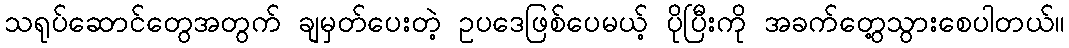
သရုပ်ဆောင်တွေအတွက် ချမှတ်ပေးတဲ့ ဥပဒေဖြစ်ပေမယ့် ပိုပြီးကို အခက်တွေ့သွားစေပါတယ်။